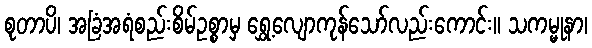
စုတာပိ၊ အခြံအရံစည်းစိမ်ဥစ္စာမှ ရွှေ့လျောကုန်သော်လည်းကောင်း။ သကမ္မုနာ၊